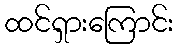
ထင်ရှားကြောင်း